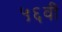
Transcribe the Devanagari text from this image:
५६वी